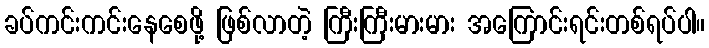
ခပ်ကင်းကင်းနေစေဖို့ ဖြစ်လာတဲ့ ကြီးကြီးမားမား အကြောင်းရင်းတစ်ရပ်ပါ။